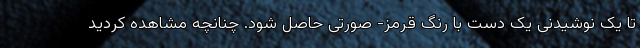
تا یک نوشیدنی یک دست با رنگ قرمز- صورتی حاصل شود. چنانچه مشاهده کردید